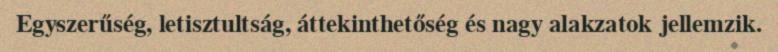
Egyszerűség, letisztultság, áttekinthetőség és nagy alakzatok jellemzik.